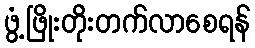
ဖွံ့ဖြိုးတိုးတက်လာစေရန်